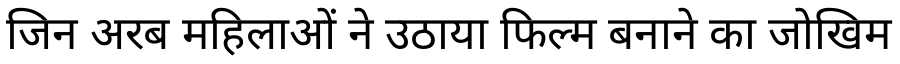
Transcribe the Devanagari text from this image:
जिन अरब महिलाओं ने उठाया फिल्म बनाने का जोखिम